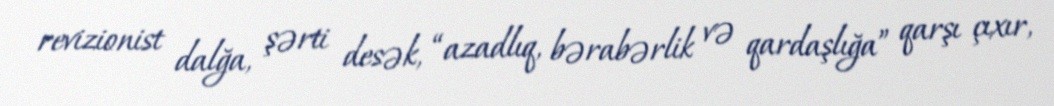
revizionist dalğa, şərti desək, “azadlıq, bərabərlik və qardaşlığa” qarşı çıxır,